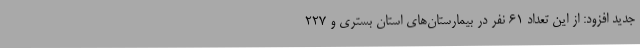
جدید افزود: از این تعداد ۶۱ نفر در بیمارستان‌های استان بستری و ۲۲۷